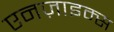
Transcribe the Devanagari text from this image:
एनज़ाइम्स